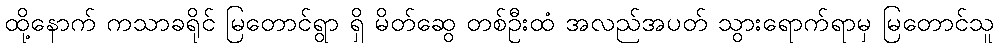
ထို့နောက် ကသာခရိုင် မြတောင်ရွာ ရှိ မိတ်ဆွေ တစ်ဦးထံ အလည်အပတ် သွားရောက်ရာမှ မြတောင်သူ